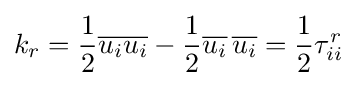
k_{r}={\frac {1}{2}}{\overline {u_{i}u_{i}}}-{\frac {1}{2}}{\overline {u_{i}}}\,{\overline {u_{i}}}={\frac {1}{2}}\tau _{ii}^{r}